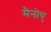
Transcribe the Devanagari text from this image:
मैनोए